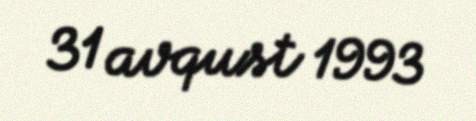
31 avqust 1993